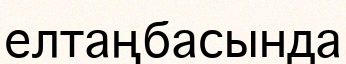
елтаңбасында